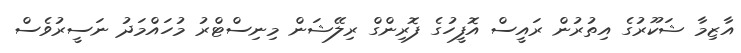
އާޒިމާ ޝަކޫރުގެ އިތުރުން ރައީސް އޮފީހުގެ ފޮރިންގް ރިލޭޝަން މިނިސްޓްރު މުހައްމަދު ނަސީރުވެސް